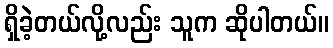
ရှိခဲ့တယ်လို့လည်း သူက ဆိုပါတယ်။